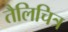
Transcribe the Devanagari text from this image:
तैलिचित्र